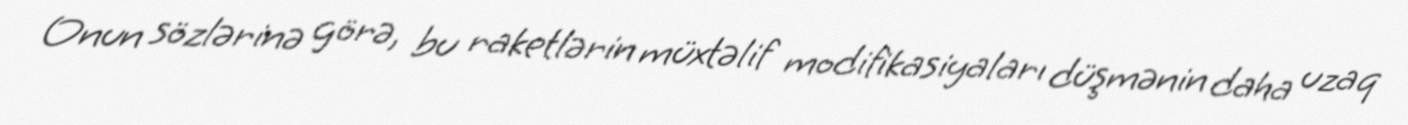
Onun sözlərinə görə, bu raketlərin müxtəlif modifikasiyaları düşmənin daha uzaq